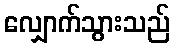
လျှောက်သွားသည်